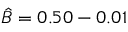
\hat { B } = 0 . 5 0 - 0 . 0 1